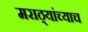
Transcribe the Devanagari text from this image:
मराठ्यांच्याच